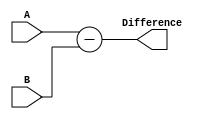
module parallel_subtractor(
    input [3:0] A, B,
    output [3:0] Difference
);

assign Difference = A - B;

endmodule